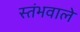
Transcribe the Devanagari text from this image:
स्तंभवाले